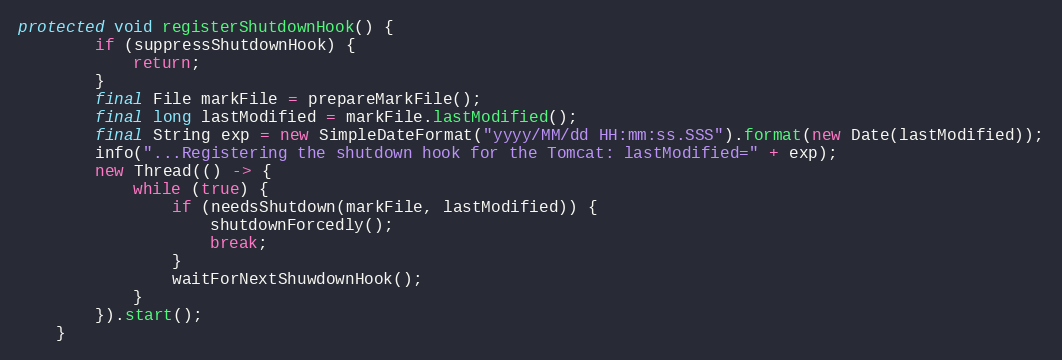
Language: Java
protected void registerShutdownHook() {
        if (suppressShutdownHook) {
            return;
        }
        final File markFile = prepareMarkFile();
        final long lastModified = markFile.lastModified();
        final String exp = new SimpleDateFormat("yyyy/MM/dd HH:mm:ss.SSS").format(new Date(lastModified));
        info("...Registering the shutdown hook for the Tomcat: lastModified=" + exp);
        new Thread(() -> {
            while (true) {
                if (needsShutdown(markFile, lastModified)) {
                    shutdownForcedly();
                    break;
                }
                waitForNextShuwdownHook();
            }
        }).start();
    }